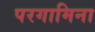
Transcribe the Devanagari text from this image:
परगामिना